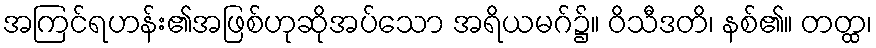
အကြင်ရဟန်း၏အဖြစ်ဟုဆိုအပ်သော အရိယမဂ်၌။ ဝိသီဒတိ၊ နစ်၏။ တတ္ထ၊